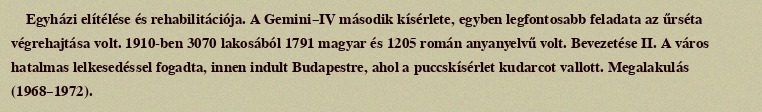
Egyházi elítélése és rehabilitációja. A Gemini–IV második kísérlete, egyben legfontosabb feladata az űrséta végrehajtása volt. 1910-ben 3070 lakosából 1791 magyar és 1205 román anyanyelvű volt. Bevezetése II. A város hatalmas lelkesedéssel fogadta, innen indult Budapestre, ahol a puccskísérlet kudarcot vallott. Megalakulás (1968–1972).